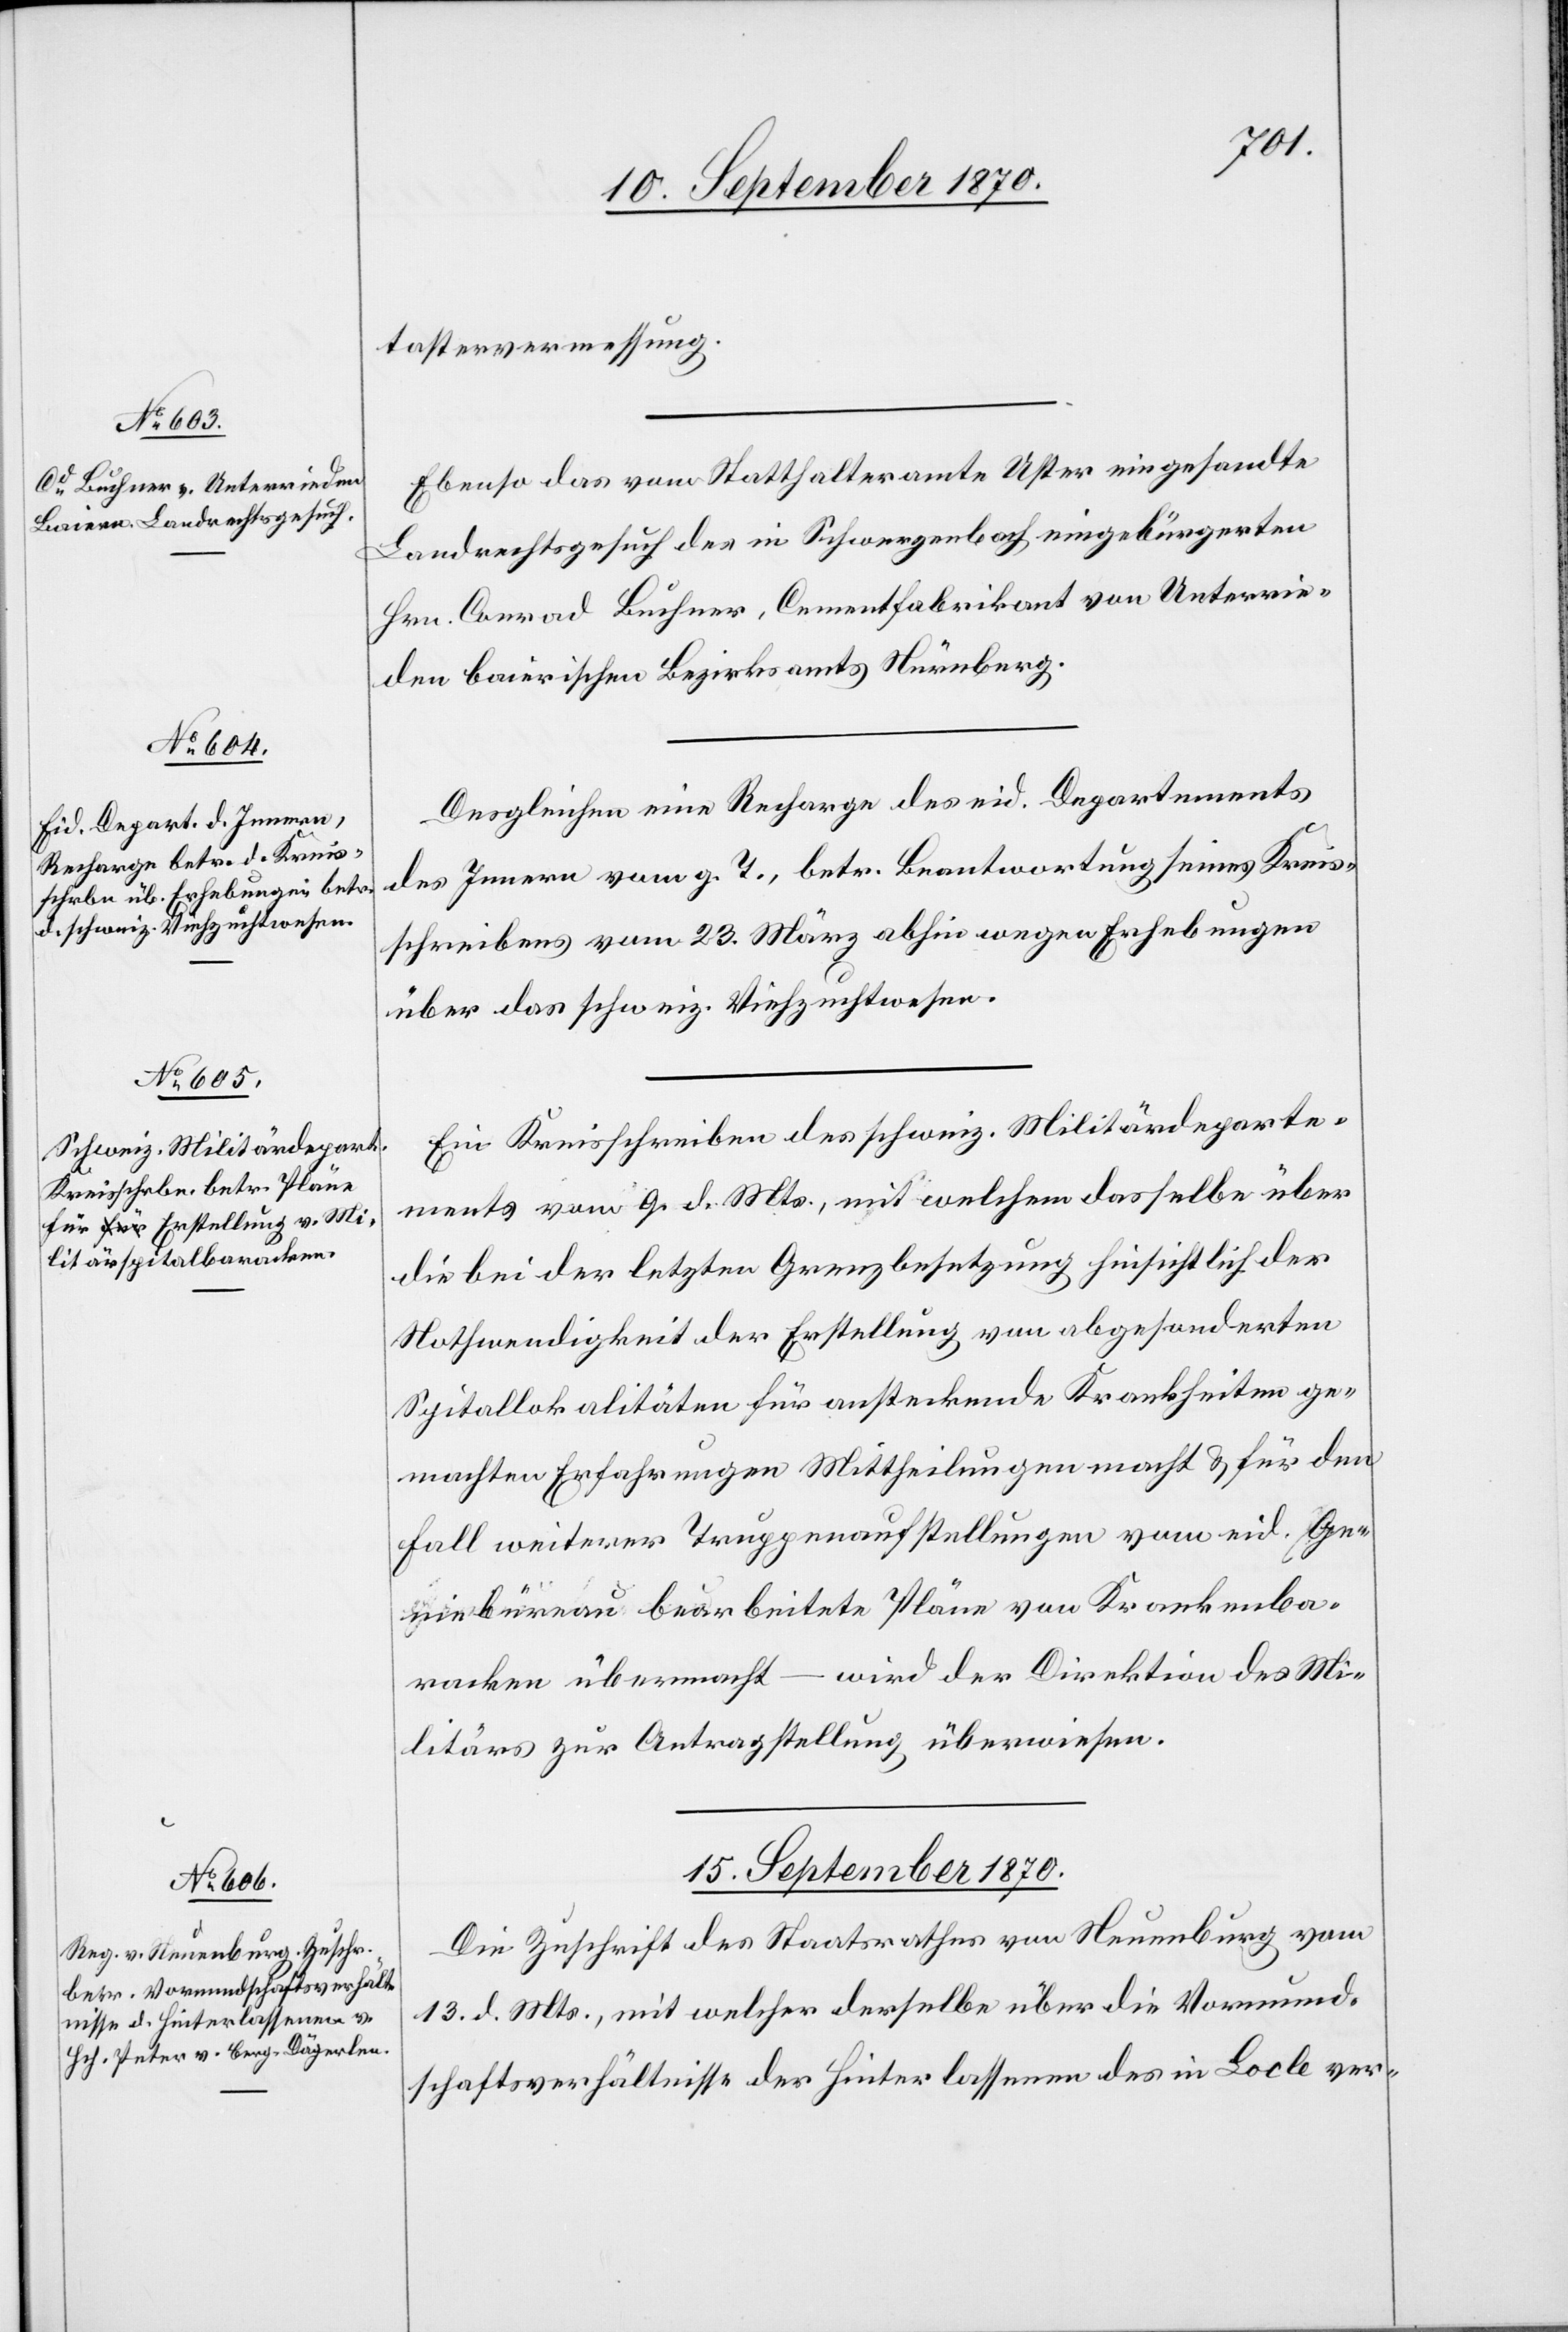
14. September 1870.]
tastervermessung.
Ebenso das vom Statthalteramte Uster eingesandte
Landrechtsgesuch des in Schwerzenbach eingebürgerten
Hrn. Conrad Buchner, Cementfabrikant von Unterrie¬
den[,] baierischen Bezirksamts Nürnberg.
Desgleichen eine Recharge des eid. Departements
des Innern vom g. T., betr. Beantwortung seines Kreis¬
schreibens vom 23. März abhin wegen Erhebungen
über das schweiz. Viehzuchtwesen.
Ein Kreisschreiben des schweiz. Militärdeparte¬
ments vom 9. d. Mts., mit welchem dasselbe über
die bei der letzten Grenzbesetzung hinsichtlich der
Nothwendigkeit der Erstellung von abgesonderten
Spitallokalitäten für ansteckende Krankheiten ge¬
machten Erfahrungen Mittheilungen macht & für den
Fall weiterer Truppenaufstellungen vom eid. Ge¬
niebüreau bearbeitete Pläne von Krankenba¬
racken übermacht – wird der Direktion des Mi¬
litärs zur Antragstellung überwiesen.
15. September 1870.
Die Zuschrift des Stadtrathes von Neuenburg vom
13. d. Mts., mit welcher derselbe über die Vormund¬
schaftsverhältnisse der Hinterlassenen des in Locle ver-